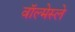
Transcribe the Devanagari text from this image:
वॉल्मेस्ले